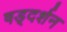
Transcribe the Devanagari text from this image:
षड्‌दर्शन